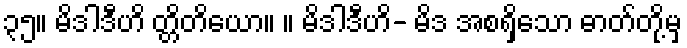
၃၅။ မိဒါဒီဟိ တ္တိတိယော။ ။ မိဒါဒီဟိ- မိဒ အစရှိသော ဓာတ်တို့မှ